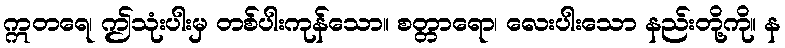
ဣတရေ၊ ဤသုံးပါးမှ တစ်ပါးကုန်သော။ စတ္တာရော၊ လေးပါးသော နည်းတို့ကို။ န